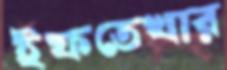
ইফতেখার